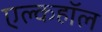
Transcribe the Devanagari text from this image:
एल्कहॉल